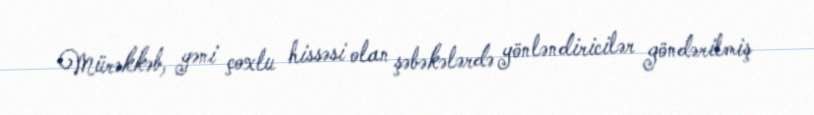
Mürəkkəb, yəni çoxlu hissəsi olan şəbəkələrdə yönləndiricilər göndərilmiş